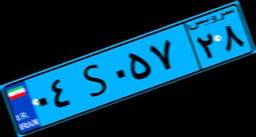
۰۴S۰۵۷۲۸